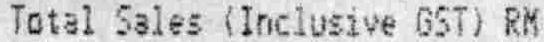
TOTAL SALES (INCLUSIVE GST) RM